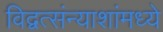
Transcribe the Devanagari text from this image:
विद्वत्संन्याशांमध्ये